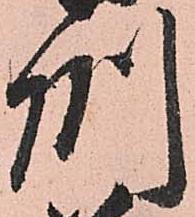
州